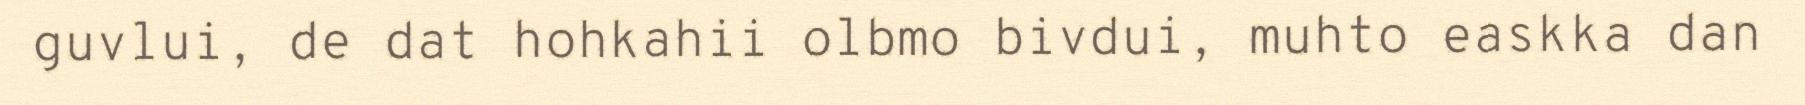
guvlui, de dat hohkahii olbmo bivdui, muhto easkka dan